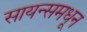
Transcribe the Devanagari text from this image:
सायन्समधून